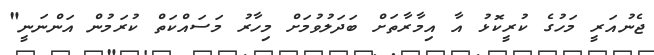
ޖެނުއަރީ މަހުގެ ކުރީކޮޅު އާ އިމާރާތަށް ބަދަލުވުމަށް މިހާރު މަސައްކަތް ކުރަމުން އަންނަނީ"